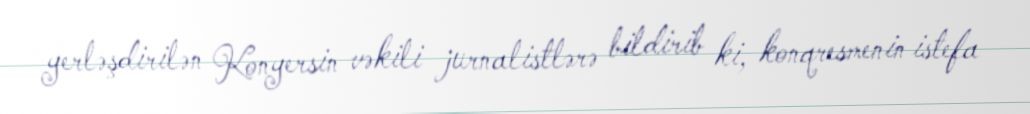
yerləşdirilən Konyersin vəkili jurnalistlərə bildirib ki, konqresmenin istefa